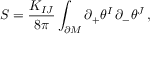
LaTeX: S = \frac { K _ { I J } } { 8 \pi } \int _ { \partial \cal M } \partial _ { + } \theta ^ { I } \, \partial _ { - } \theta ^ { J } \, ,